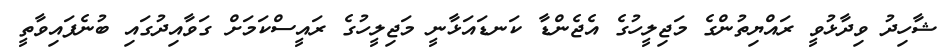
ޝާހިދު ވިދާޅުވީ ރައްޔިތުންގެ މަޖިލީހުގެ އެޖެންޑާ ކަނޑައަޅާނީ މަޖިލީހުގެ ރައީސްކަމަށް ގަވާއިދުގައި ބުނެފައިވާތީ